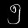
Digit: ၅